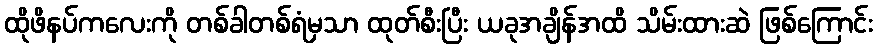
ထိုဖိနပ်ကလေးကို တစ်ခါတစ်ရံမှသာ ထုတ်စီးပြီး ယခုအချိန်အထိ သိမ်းထားဆဲ ဖြစ်ကြောင်း